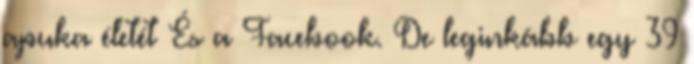
apuka életét És a Facebook. De leginkább egy 39